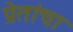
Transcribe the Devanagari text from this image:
प्रेतांचा